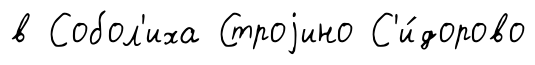
в Собол'иха Строjино С'и́дорово